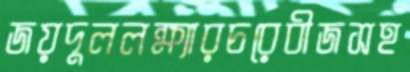
জয়দুললক্ষ্যারচরেবীজসহ